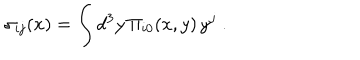
LaTeX: \sigma _ { i j } ( x ) = \int d ^ { 3 } y \, \Pi _ { i 0 } ( x , y ) \, y ^ { j } \; .